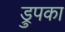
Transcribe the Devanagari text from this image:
ड्रुपका